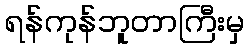
ရန်ကုန်ဘူတာကြီးမှ